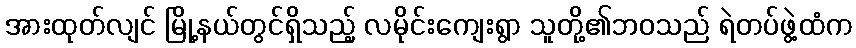
အားထုတ်လျင် မြို့နယ်တွင်ရှိသည့် လမိုင်းကျေးရွာ သူတို့၏ဘဝသည် ရဲတပ်ဖွဲ့ထံက